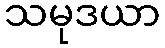
သမုဒယာ